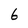
Character: 6